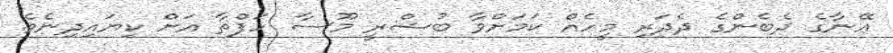
އޭނާގެ ދެބެންގެ ދެދަރި މީހެއް ކަމަށްވާ ބުޝްރީ މޫސާ ހަފްތާ އަށް ކިޔައިދިނެވެ.